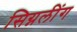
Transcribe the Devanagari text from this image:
सिग्नलींग